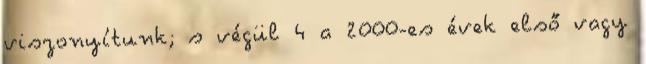
viszonyítunk; s végül 4 a 2000-es évek első vagy